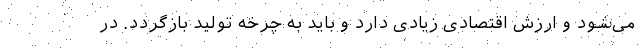
می‌شود و ارزش اقتصادی زیادی دارد و باید به چرخه تولید بازگردد. در